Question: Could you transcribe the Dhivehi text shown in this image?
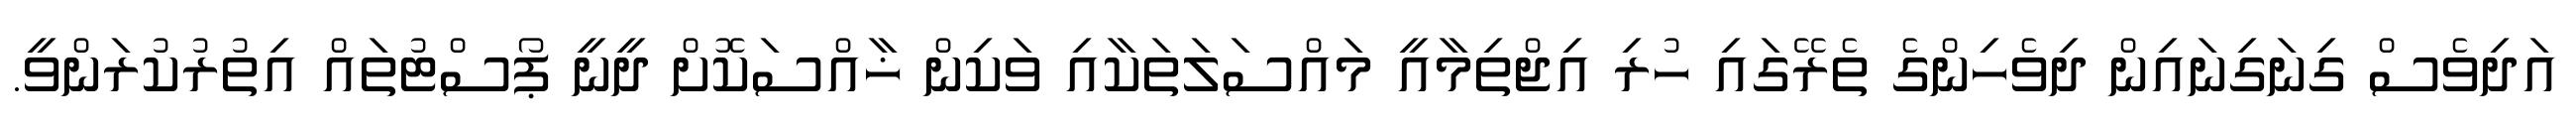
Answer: އަދިވެސް ގިނަގިނައިން ދިވެހިންގެ ތެރޭގައި ހުރި އިޖްތިމާއީ މައްސަލަތަކާއި ވަކިން ޚާއްސަކޮށް ދީނީ ޕޯސްޓުތައް އިތުރުކުރަންވީ.